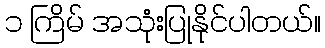
၁ ကြိမ် အသုံးပြုနိုင်ပါတယ်။